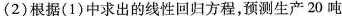
(2)根据(1)中求出的线性回归方程，预测生产20吨